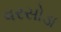
વરસોડા